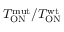
T _ { \mathrm { O N } } ^ { \mathrm { m u t } } / T _ { \mathrm { O N } } ^ { \mathrm { w t } }